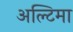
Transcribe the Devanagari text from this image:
अल्टिमा